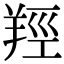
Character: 羥